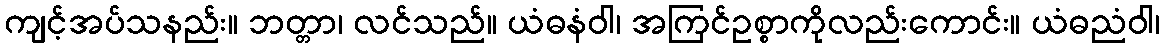
ကျင့်အပ်သနည်း။ ဘတ္တာ၊ လင်သည်။ ယံဓနံဝါ၊ အကြင်ဥစ္စာကိုလည်းကောင်း။ ယံဓညံဝါ၊